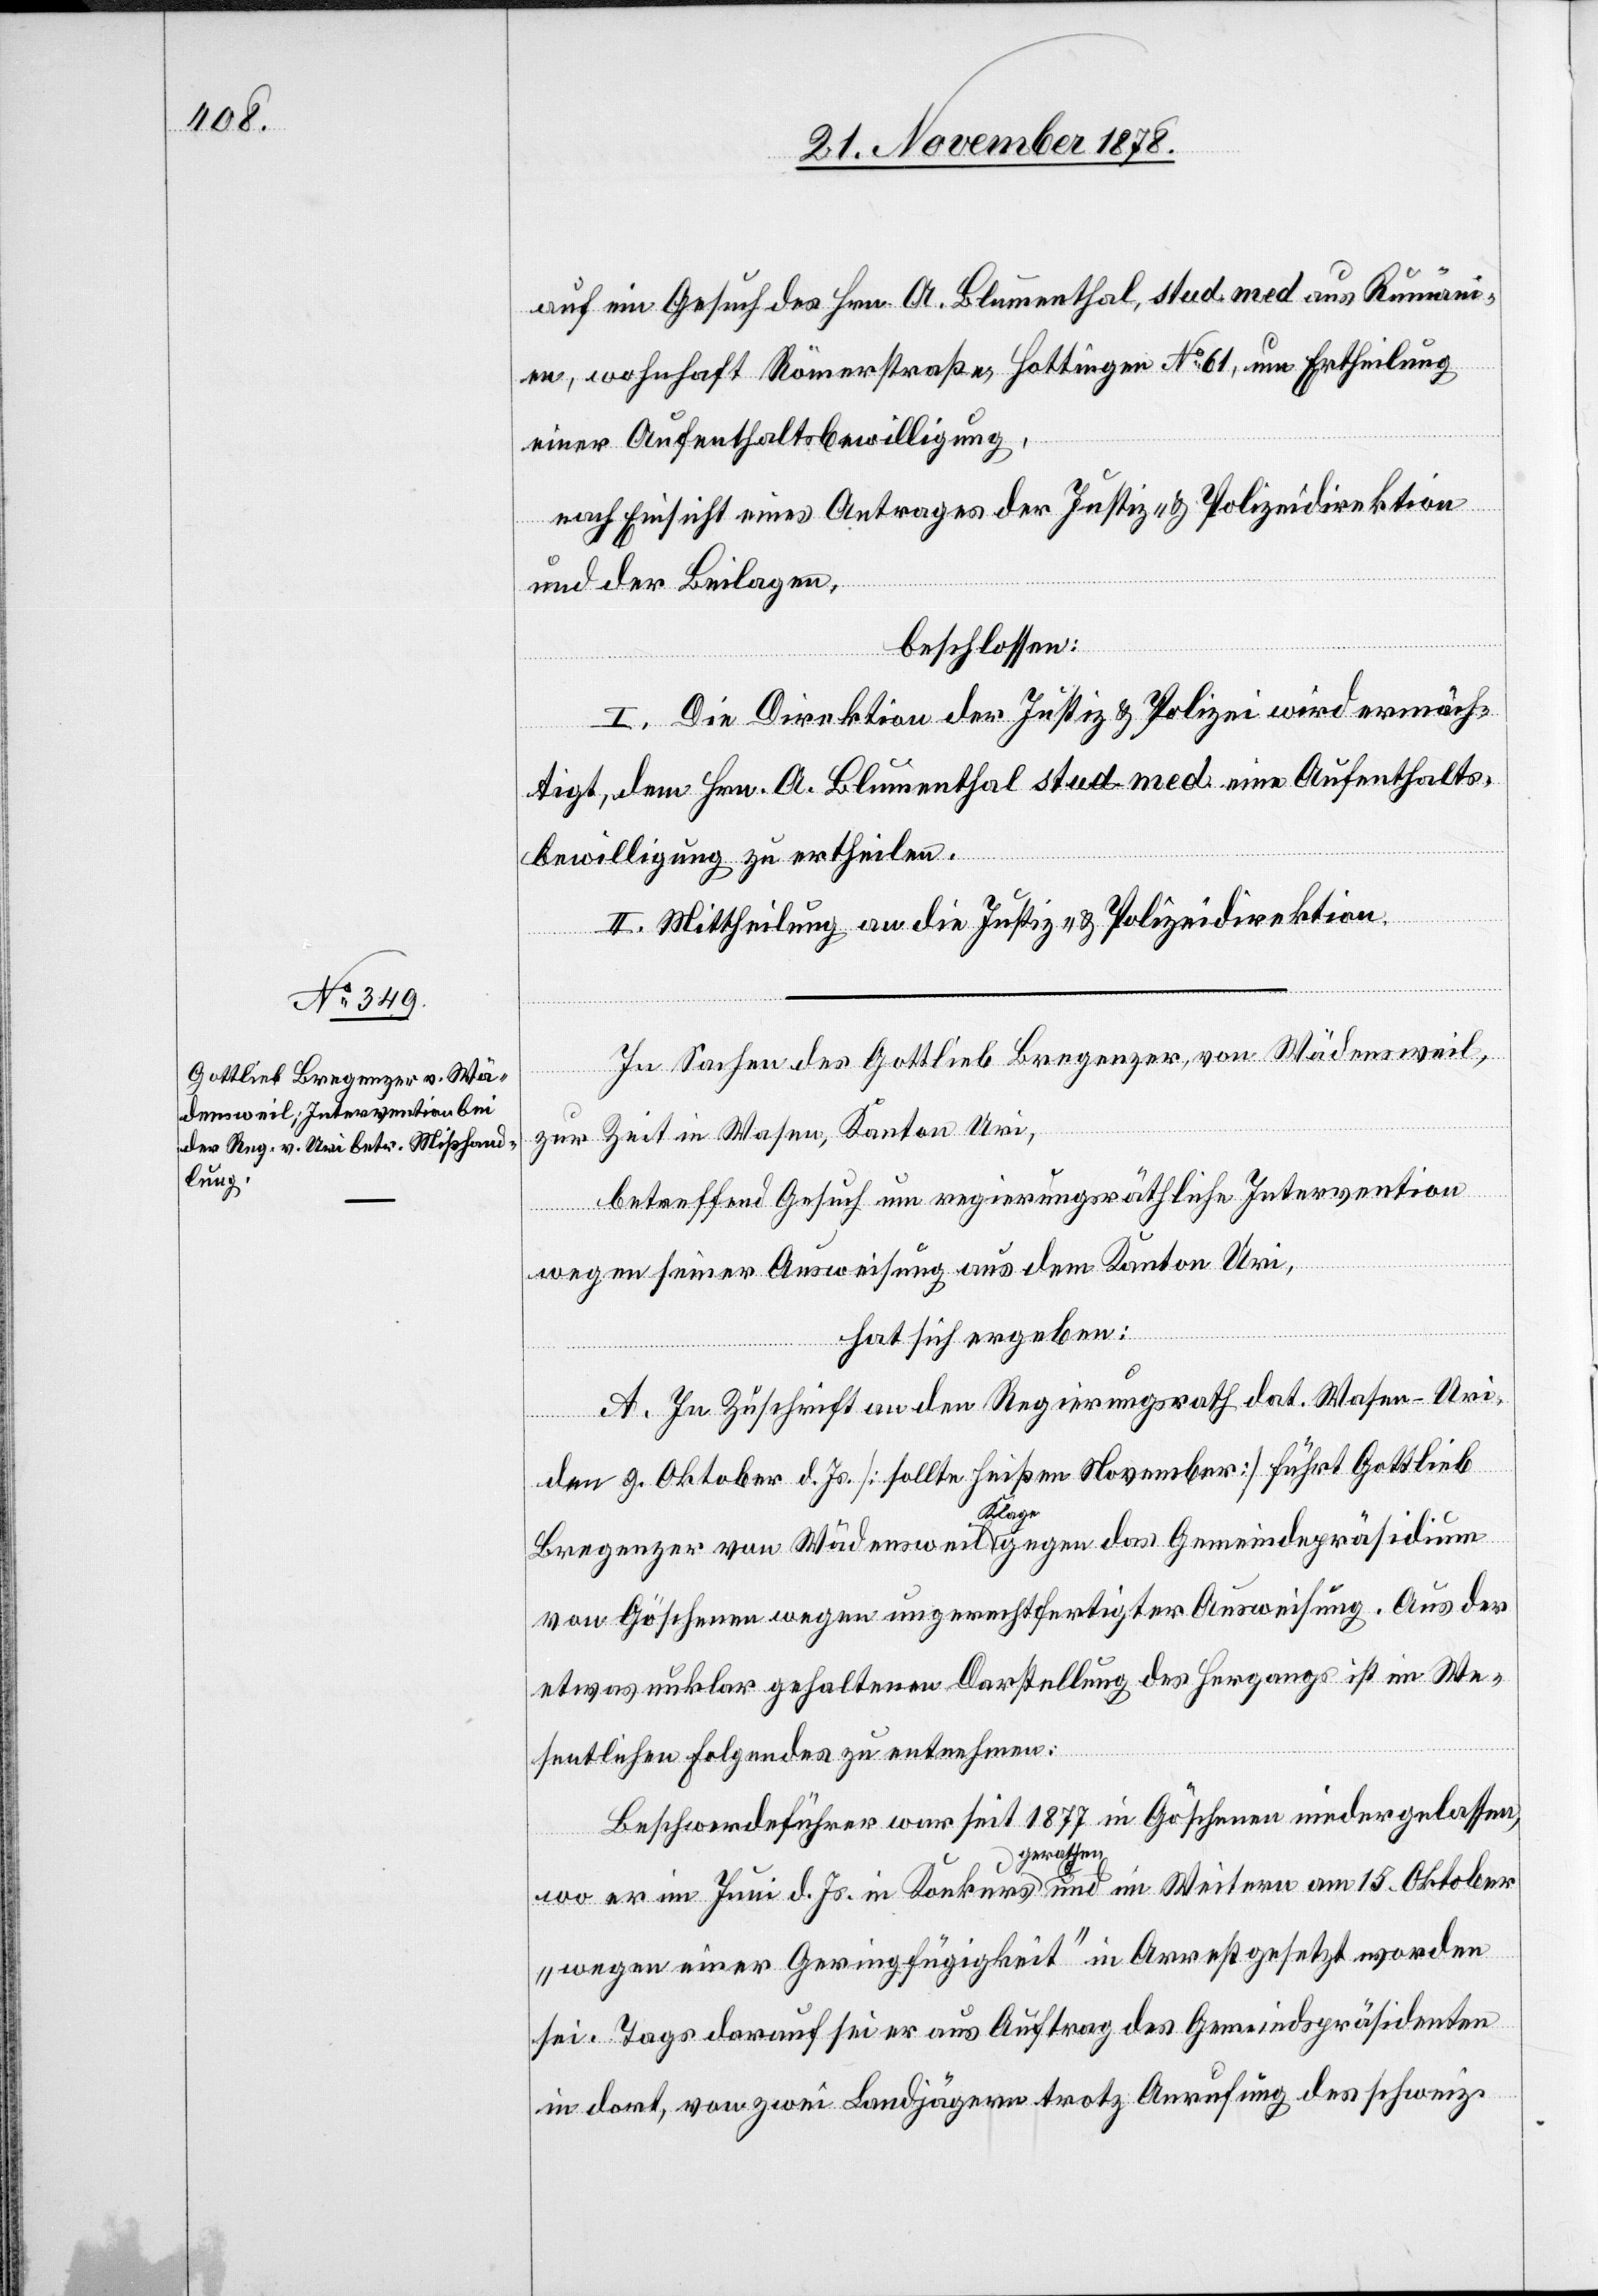
auf ein Gesuch des Hrn. A. Blumenthal, stud. med aus Rumän¬
ien, wohnhaft Römerstraße, Hottingen No 61, um Ertheilung
einer Aufenthaltsbewilligung,
nach Einsicht eines Antrages der Justiz- & Polizeidirektion
und der Beilagen,
beschlossen:
I. Die Direktion der Justiz & Polizei wird ermäch¬
tigt, dem Hrn. A. Blumenthal stud. med. eine Aufenthalts¬
bewilligung zu ertheilen.
II. Mittheilung an die Justiz- & Polizeidirektion.
In Sachen des Gottlieb Bregenzer, von Wädensweil,
zur Zeit in Wasen, Kanton Uri,
betreffend Gesuch um regierungsräthliche Intervention
wegen seiner Ausweisung aus dem Kanton Uri,
hat sich ergeben:
A. In Zuschrift an den Regierungsrath dat. Wasen - Uri,
den 9. Oktober d. Js. [sollte heißen November] führt Gottlieb
Bregenzer von Wädensweil Klage gegen das Gemeindepräsidium
von Göschenen wegen ungerechtfertigter Ausweisung. Aus der
etwas unklar gehaltenen Darstellung des Hergangs ist im We¬
sentlichen folgendes zu entnehmen:
Beschwerdeführer war seit 1877 in Göschenen niedergelassen,
wo er im Juni d. Js. in Konkurs gerathen und im Weitern am 15. Oktober
„wegen einer Geringfügigkeit“ in Arrest gesetzt worden
sei. Tags darauf sei er aus Auftrag des Gemeindspräsidenten
in dort, von zwei Landjägern trotz Anrufung des schweiz.